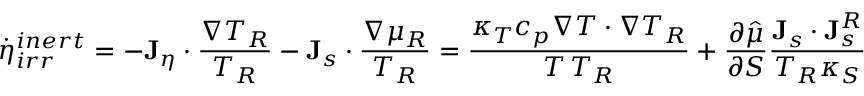
\dot { \eta } _ { i r r } ^ { i n e r t } = - { \bf J } _ { \eta } \cdot \frac { \nabla T _ { R } } { T _ { R } } - { \bf J } _ { s } \cdot \frac { \nabla \mu _ { R } } { T _ { R } } = \frac { \kappa _ { T } c _ { p } \nabla T \cdot \nabla T _ { R } } { T \, T _ { R } } + \frac { \partial \hat { \mu } } { \partial S } \frac { { \bf J } _ { s } \cdot { \bf J } _ { s } ^ { R } } { T _ { R } \kappa _ { S } }